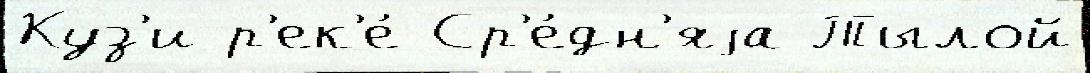
Куз'и р'ек'е́ Ср'е́дн'яjа Тылой